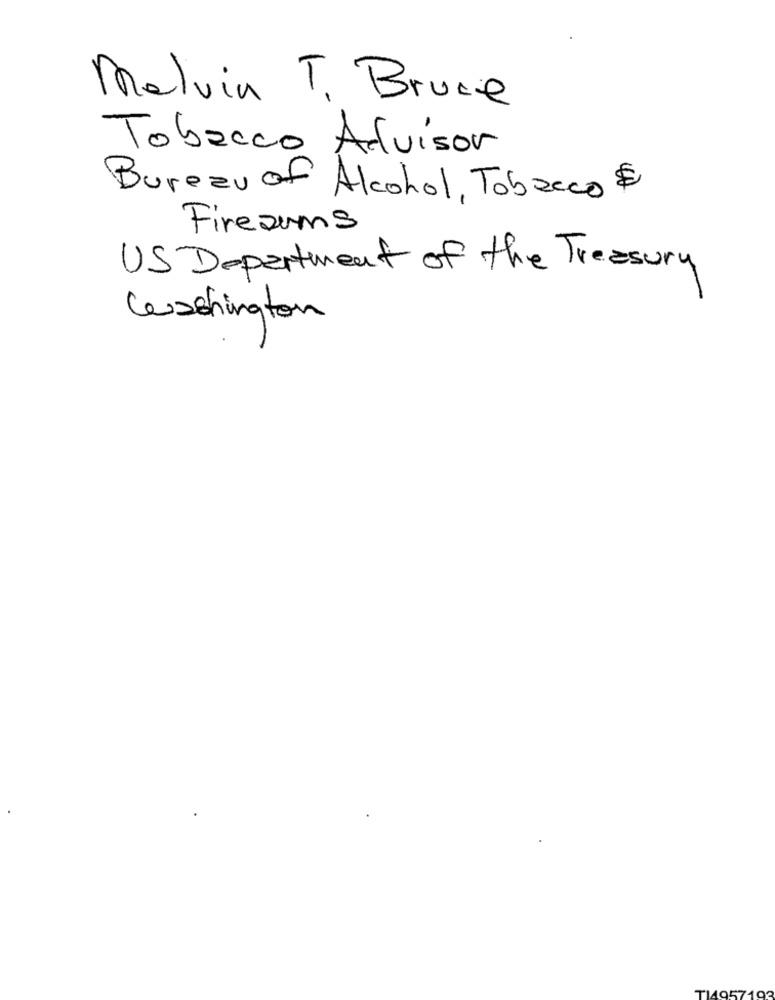
Malvin T. Bruce
Tobacco Advisor
Bureau of Alcohol, Tobacco $
Firezums
US Department of the Treasury
Leashington
T149571